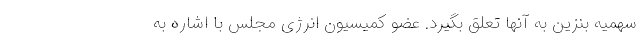
سهمیه بنزین به آنها تعلق بگیرد. عضو کمیسیون انرژی مجلس با اشاره به